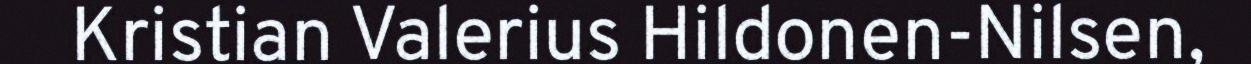
Kristian Valerius Hildonen-Nilsen,